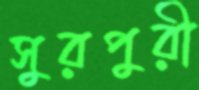
সুরপুরী